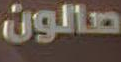
صالون